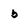
Character: b